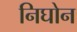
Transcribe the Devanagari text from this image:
निघोन